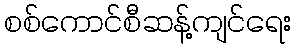
စစ်ကောင်စီဆန့်ကျင်ရေး